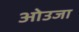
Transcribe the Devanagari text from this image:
ओउजा